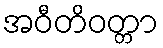
အဝီတိဝတ္တာ